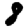
Digit: 8